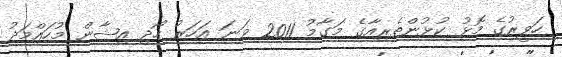
ހަވީރުގެ މޮޅު ކުޅުންތެރިއާގެ މަގާމު 2011 ވަނަ އަހަރު ހޯދި އިޝާން މުހައްމަދު